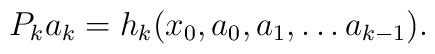
P_k a_k=h_k(x_0,a_0,a_1,\dots a_{k-1}).